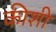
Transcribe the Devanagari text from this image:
कीशी